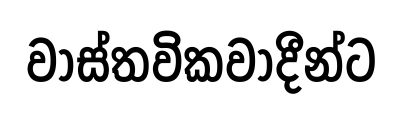
වාස්තවිකවාදීන්ට